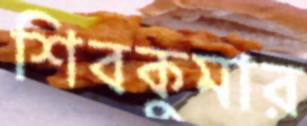
শিবকুমার